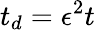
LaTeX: t_{d}=\epsilon^{2}t